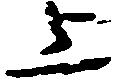
上